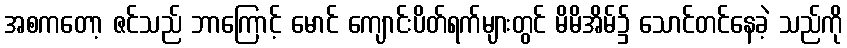
အစကတော့ ဇင်သည် ဘာကြောင့် မောင် ကျောင်းပိတ်ရက်များတွင် မိမိအိမ်၌ သောင်တင်နေခဲ့ သည်ကို